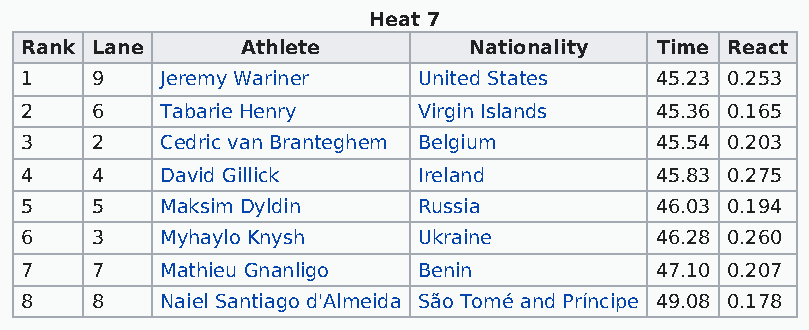
Heat 7
 Rank Lane      Athlete        Nationality Time React
 1    9    Jeremy Wariner   United States  45.23 0.253
 2    6    Tabarie Henry    Virgin Islands 45.36 0.165
 3    2    Cedric van Branteghem Belgium   45.54 0.203
 4    4    David Gillick    Ireland        45.83 0.275
 5    5    Maksim Dyldin    Russia         46.03 0.194
 6    3    Myhaylo Knysh    Ukraine        46.28 0.260
 7    7    Mathieu Gnanligo Benin          47.10 0.207
 8    8    Naiel Santiago d'Almeida São Tomé and Príncipe 49.08 0.178